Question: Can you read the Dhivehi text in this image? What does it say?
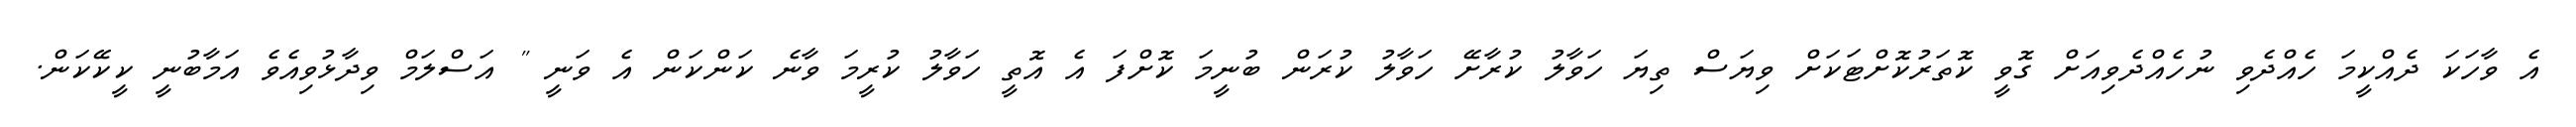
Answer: އެ ވާހަކަ ދެއްކީމަ ހެއްދެވި ނުހެއްދެވިއަށް ގޮވީ ކޮތަރުކޮށްޓަކަށް ވިޔަސް ތިޔަ ހަވާލު ކުރާށޭ ހަވާލު ކުރަން ބުނީމަ ކޮށްފަ އެ އޮތީ ހަވާލު ކުރީމަ ވާނެ ކަންކަން އެ ވަނީ " އަސްލަމް ވިދާޅުވިއެވެ އަމާބުނީ ކީކޭކަން.